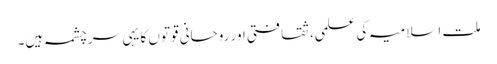
ملت اسلامیہ کی علمی، ثقافتی اور روحانی قوتوں کا یہی سرچشمہ ہیں۔